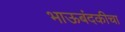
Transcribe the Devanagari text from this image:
भाऊबंदकीचा